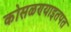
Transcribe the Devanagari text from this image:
कोसळण्याइतपत